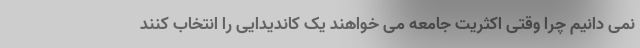
نمی دانیم چرا وقتی اکثریت جامعه می خواهند یک کاندیدایی را انتخاب کنند